Torma_(Votikvere)_vallavalitsus, lk 57
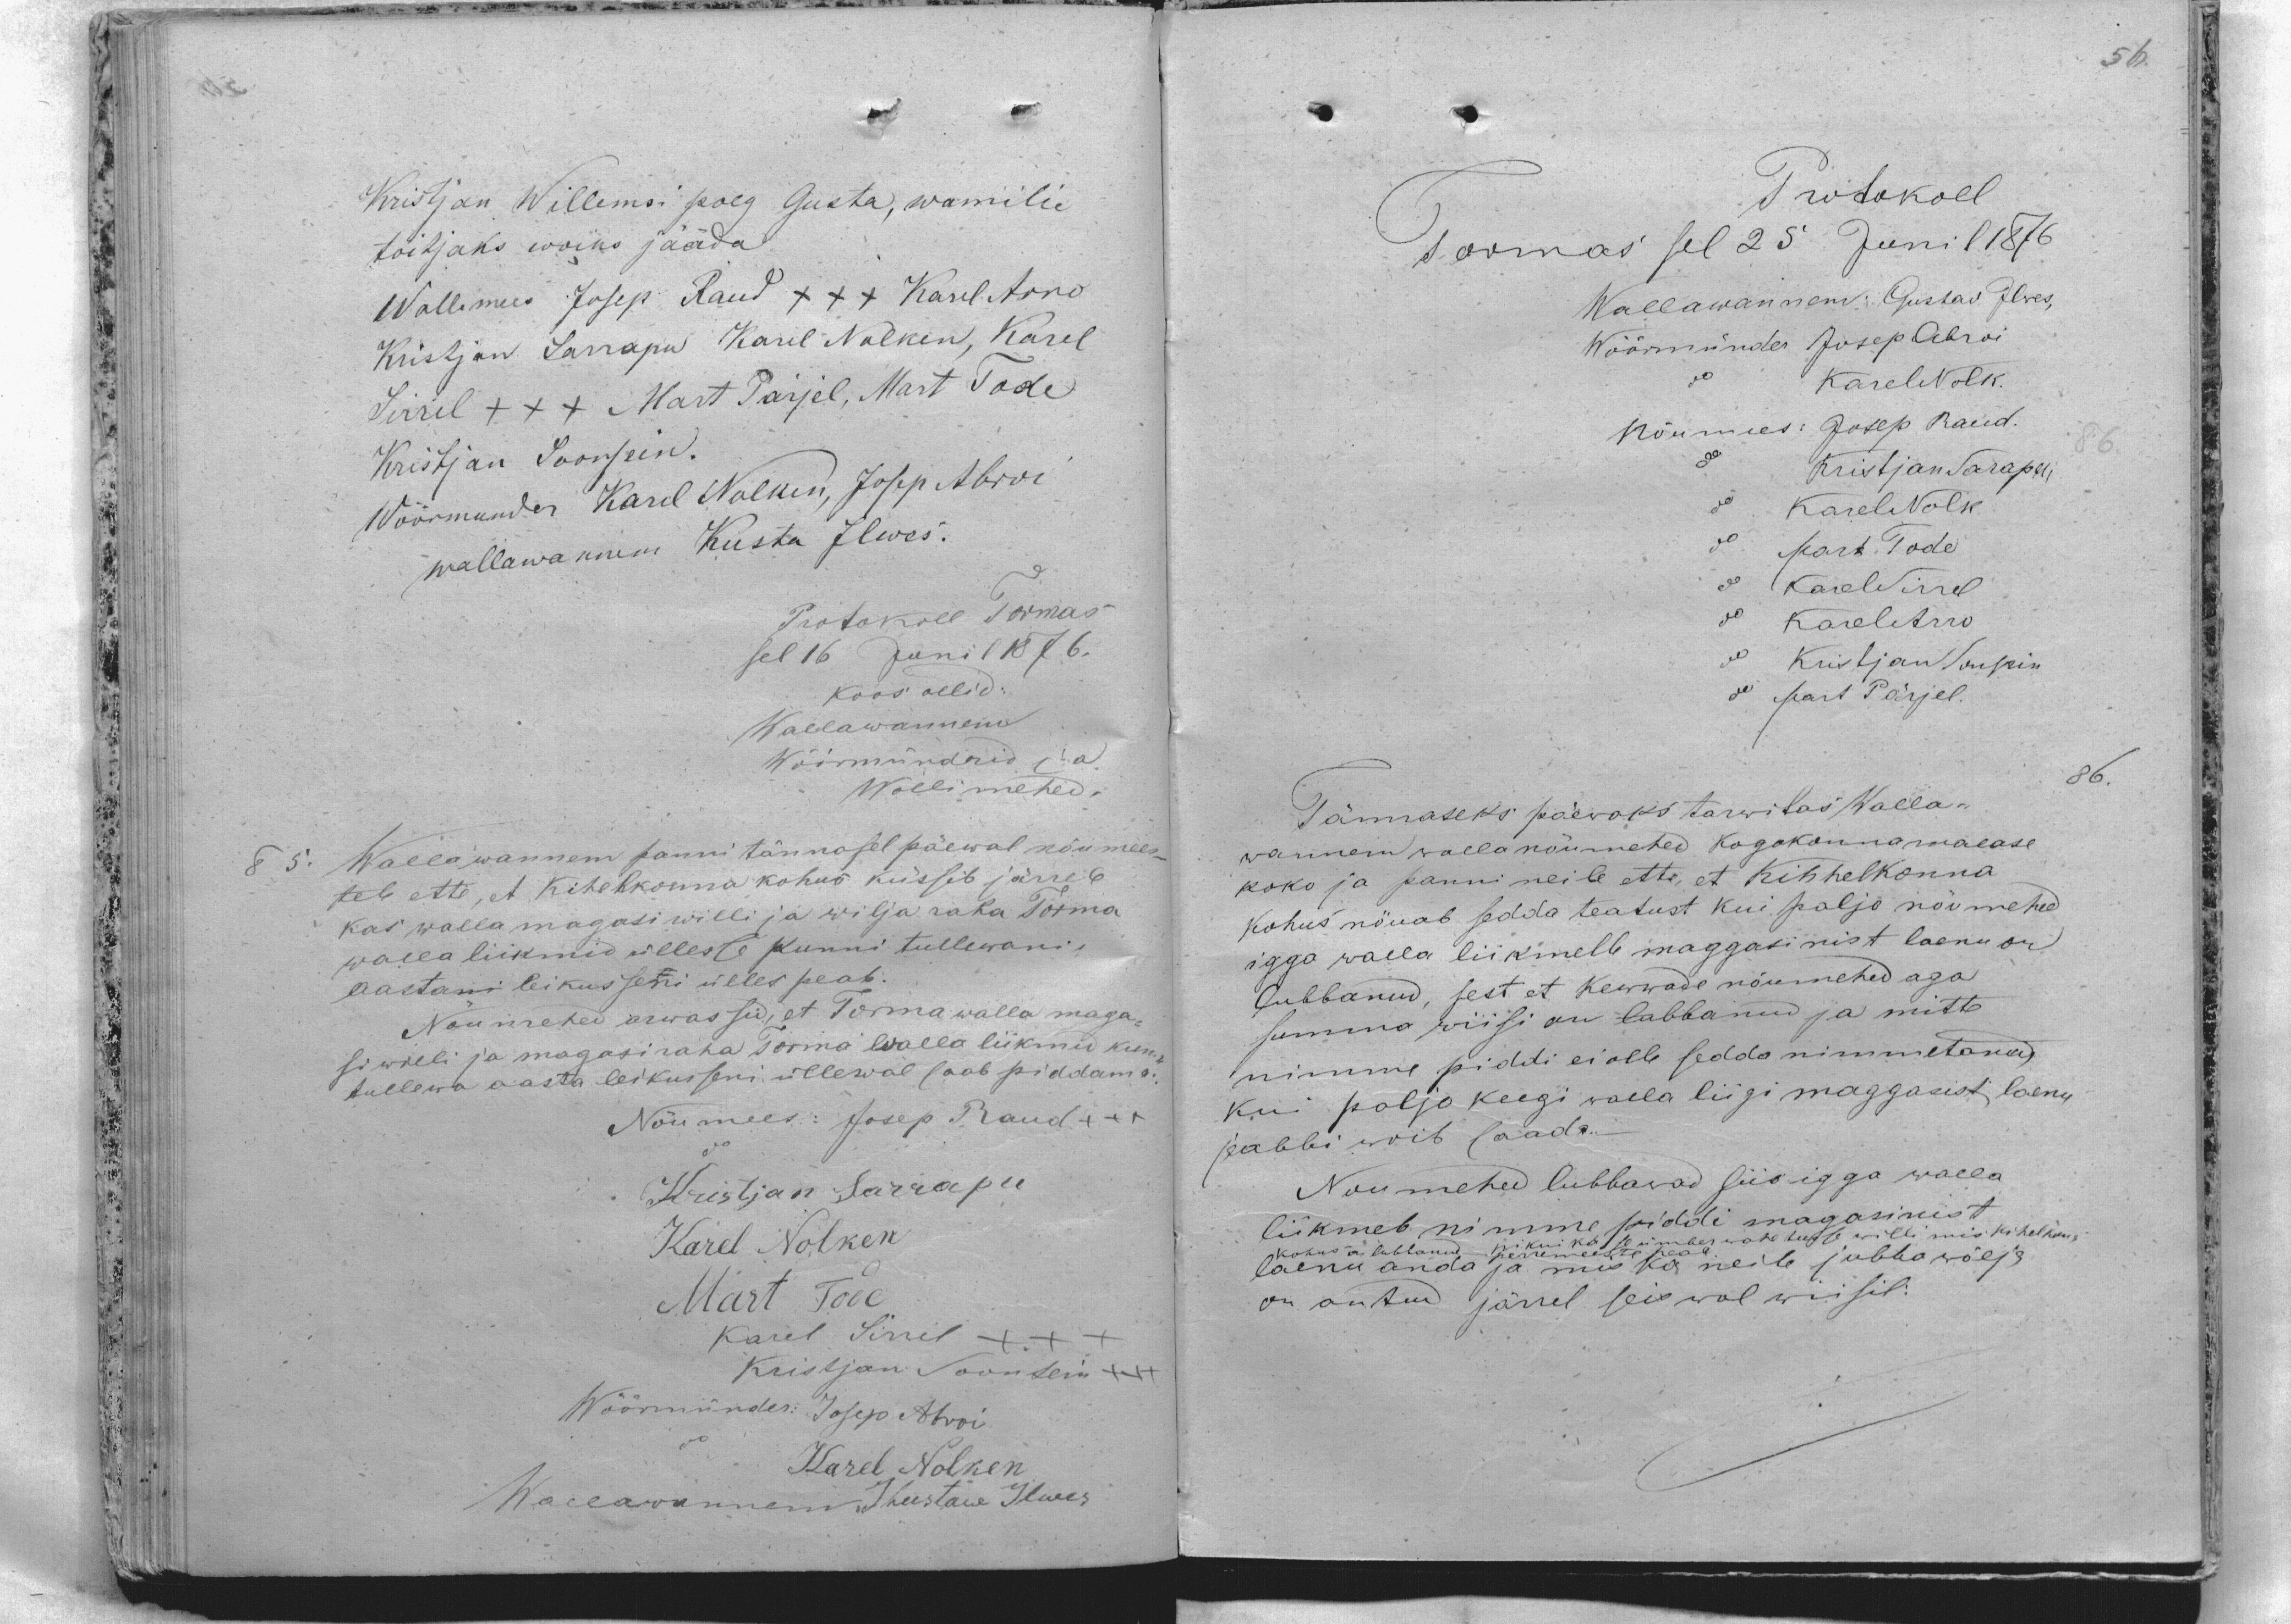
Kristjan Willemsi poeg Gusta, wamilie
toitjaks woiks jääda.
Wollimees Josep Raud XXX Karel Arro
Kistjan Sarrapu Karel Nolken, Karel
Sirrel XXX Mart Pärjel, Mart Tode
Kristjan Soonsein.
Wöörmunder Karel Nolken, Josep Abroi
wallawannem Kusta Ilwes.
Protokoll Tormas
sel 16 Junil 11876.
Koos ollid:
Wallawannem
Wöörmündrid ja
Wollimehed:
85. Wallawannem panni tännasel päewal nõumees-
tele ette, et Kihekkonna kohus küssib järrele
kas walla magasi willi ja wilja raha Torma
walla liikmid üllesse kunni tullewani
aastani leikusseni ülles peab.
Nõumehed arwassid, et Torma walla maga-
siwili ja magasiraha Torma walla liikmed kuni
tullewa aasta leikusseni üllewal saab piddama.
Nõumees: Josep Raud XXX
Kristjan Sarrapu
Karel Nolken
Mart Tode
Karel Sirrel XXX
Kristjan Soonsein XXX
Wöörmünder: Josep Abroi
Karel Nolken
Wallawannem Kustaw Ilwes

Protokoll
Tormas sel 25 Junil 1876
Wallawannem: Gustaw Ilwes,
Wöörmünder: Josep Abroi
Karel Nolken
Nõumees: Josep Raud.
Kristjan Sarapu
Karel Nolk
Mart Tode
do Karel Sirrel
Karel Arro
Kristjan Sonsein
do Mart Pärjel.
86.
Tännaseks päewaks tarwitas Walla-
wannem wallanõumehed kogokonnamaease
koko ja panni neile ette, et Kihhelkonna
Kohus nõuab sedda teatust kui paljo nõumehed
igga walla liikmelle maggasinist laenu on
lubbanud, sest et Kewwade nõumehed aga
summa wiisi on lubbanud ja mitte
nimme piddi ei olle sedda nimmetanud
kui paljo keegi walla liigi maggasist laenu
ja abbi woib saada.
Noumehed lubbawad siis igga walla
liikmele nimmepiddi magasinist
kohus on lubbanud ni kui ka se ümber wahetusse willi mis kihelkonna
perremeeste peal
laenu anda ja mis ka neile jubba wälja
on antud järrel seiswal wiisil: